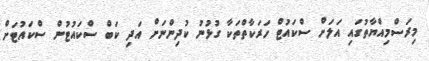
މިރަސްމިއްޔާތުގައި އަލަށް ސްކައުޓް ހަރަކާތްތަކާ ގުޅުނު ކުދިންނަށް އަދި ކަބް ސްކައުޓުން ސްކައުޓަށް